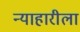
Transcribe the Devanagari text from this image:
न्याहारीला